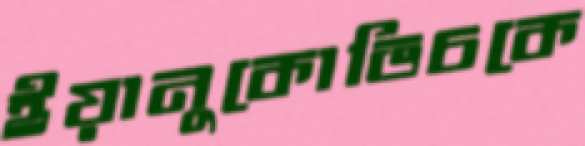
ইয়ানুকোভিচকে